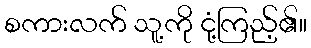
စကားလက် သူ့ကို ငုံ့ကြည့်၏။